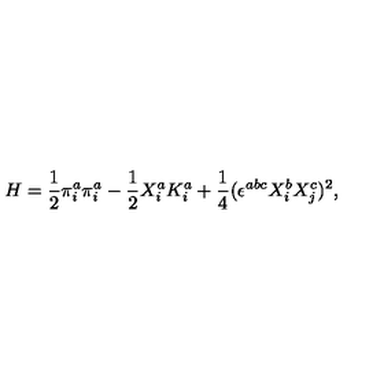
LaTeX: H = \frac { 1 } { 2 } \pi _ { i } ^ { a } \pi _ { i } ^ { a } - \frac { 1 } { 2 } X _ { i } ^ { a } K _ { i } ^ { a } + \frac { 1 } { 4 } ( \epsilon ^ { a b c } X _ { i } ^ { b } X _ { j } ^ { c } ) ^ { 2 } ,